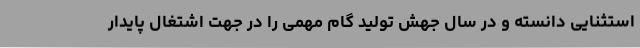
استثنایی دانسته و در سال جهش تولید گام مهمی را در جهت اشتغال پایدار